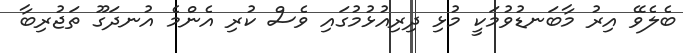
ބެލެވޭ އިރު މާބަނޑުވުމަކީ މުޅި ދިރިއުޅުމުގައި ވެސް ކުރި އެންމެ އުނދަގޫ ތަޖުރިބާ